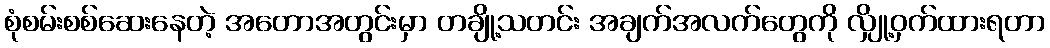
စုံစမ်းစစ်ဆေးနေတဲ့ အတောအတွင်းမှာ တချို့သတင်း အချက်အလက်တွေကို လျှို့ဝှက်ထားရတာ